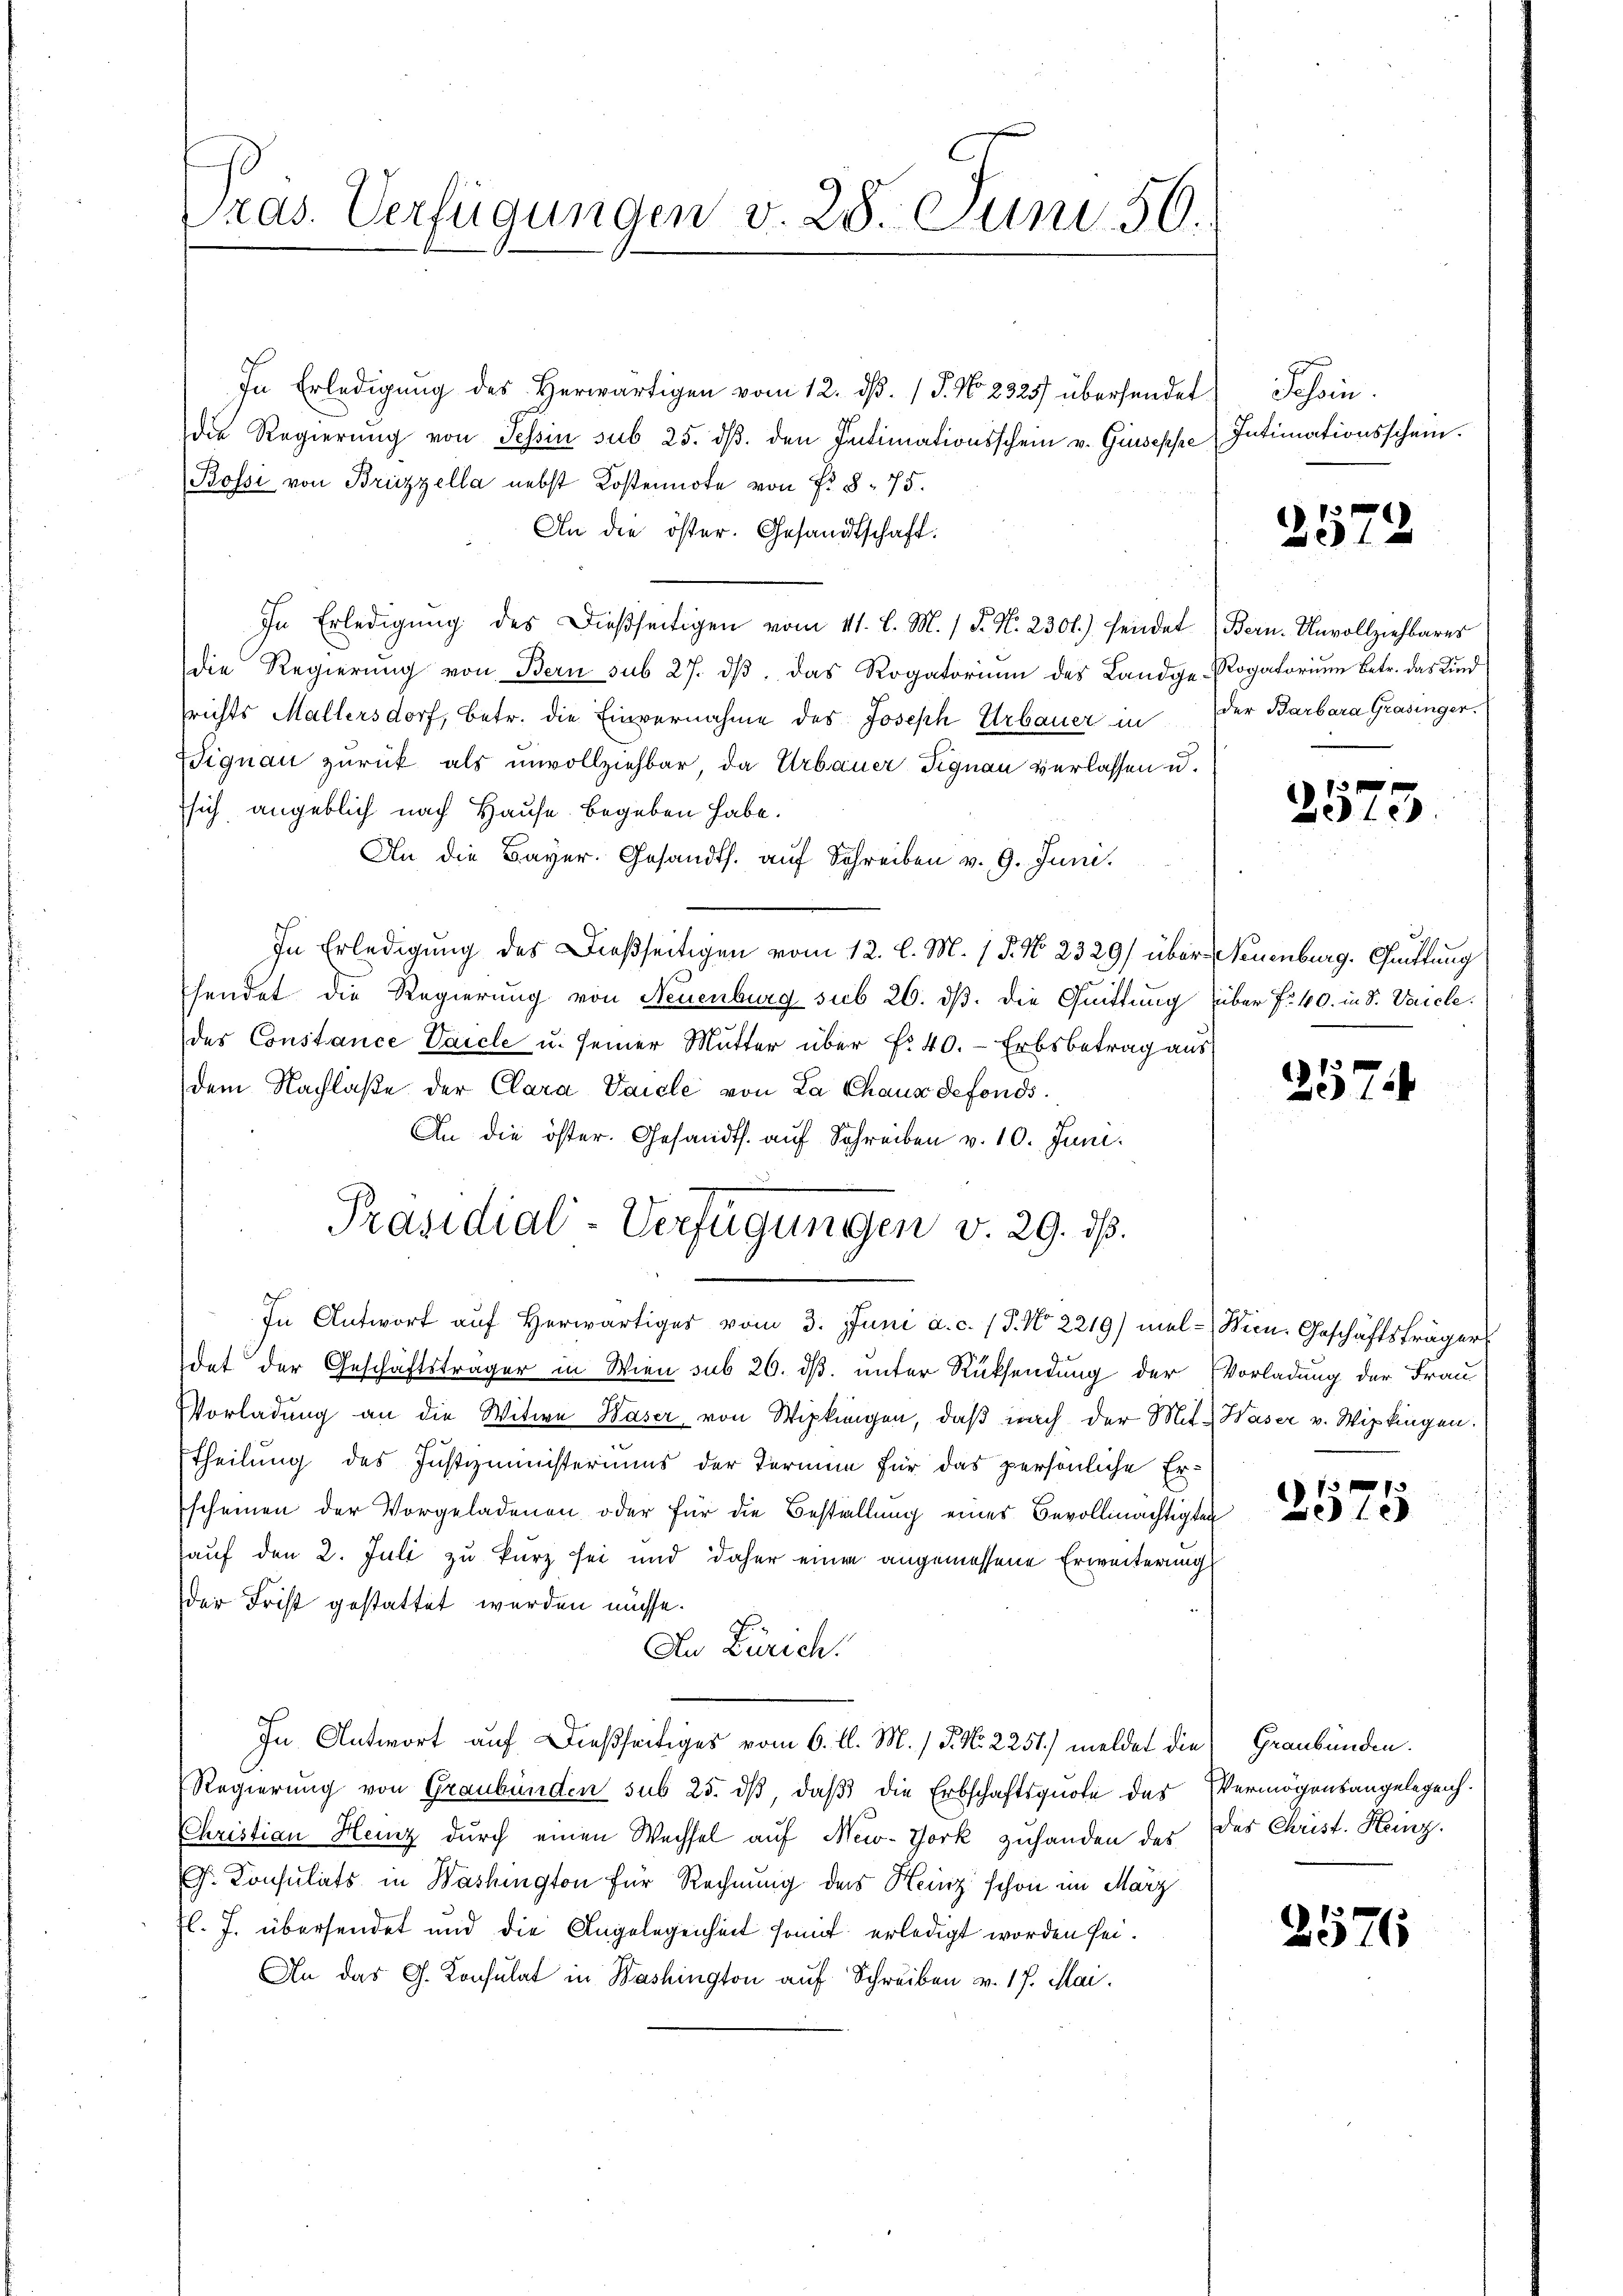
ras. Verfügungen v. 28. Juni 50.

In Erledigung des Herwärtigen vom 12. dβ. / P. No. 2325) übersendet
die Regierŭng von Tessin sub 25. dβ. den Intimationsschein v. Giuseppe Intimationsschein.
Bossi von Brüszella nebst Kostennote von Fr. 8. 75.
An die öster. Gesandtschaft:
In Erledigŭng des dießseitigen vom 11. l. M. (T. N. 230.) fendet (Bern. Unvollziehbares
die Regierŭng von Bern sub 27. dβ das Rogatorium des Landge-Rogatorium betr. das Kind
srichts Mallersdorf, betr. die Einvernahme des Joseph Urbauer in der Barbara Grasinger.
Wignau zurück als unvollziehbar, da Urbauer Signau verlassen u.
sich angeblich nach Hause begeben habe.
An die Bayer. Gesandts. aŭf Schreiben v. 9. Juni.
In Erledigung des Dießseitigen vom 12. l. M. 1 P. No. 2329/ über Neuenburg. Guittung
sendet die Regierung von Neuenburg sub 26. dβ. die Quittung über f. 40. in S. Vaicle
des Constance Vaicle u. seiner Mutter über f. 40. - Erbsbetrag aus
dem Nachlaße der Clara Vaicle von La Chaus defonds.
An die öster. Gesandts. auf Schreiben v. 10. Juni.
Präsidial-Verfügungen v. 29. ds.
In Antwort auf Herwärtiges vom 3. Juni a. c. (T. No 2219) mel-Wein Geschäftsträger
det der Geschäftsträger in Wien sub 26. ds. unter Rücksendung der Vorladung der Frau
Vorladung an die Witwe Kaser von Wipkingen, daß nach der Mit- Waser v. Wipkingen.
Etheilung des Justizministeriums der Termin für das persönliche Erscheinen der Vorgeladenen oder für die Bestellung eines Bevollmächtigten
auf den 2. Juli zu kurz sei und daher einen angemessene Erweiterung
der Frist gestattet werden müsse.
An Zürich.
In Antwort auf dießseitiges vom 6. l. M. / 5. No. 2251) meldet die Graubünden.
Regierung von Graubünden sub 25. dβ, daß die Erbschaftsquote des Vermögensangelegenh
Christian Heiz durch einen Wechsel auf New-York zuhanden der des Christ. Heinz
G. Consulats in Washington für Rechnung des Heinz schon im März
l. J. übersendet und die Angelegenheit somit erledigt worden sei.
An das G. Konsulat in Washington auf Schreiben v. 17. Mai.

Schen.

2572

f
aedle

2574

1
e

5

2576